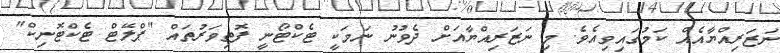
ނަޒަރިއްޔާއެއް ކަމުގައިވިއެވެ. މި ނަޒަރިއްޔާއަށް ދެވުނު ނަމަކީ ޓެކްޓޯނީ ފޮތިވަރުތައް "ޕްލޭޓް ޓެކްޓޮނިކް"